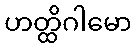
ဟတ္ထိဂါမော